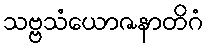
သဗ္ဗသံယောဇနာတိဂံ